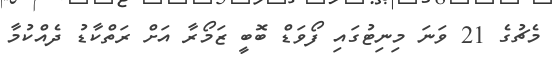
މެޗުގެ 21 ވަނަ މިނިޓުގައި ފޯވަޑް ބޮބީ ޒަމޯރާ އަށް ރަތްކާޑު ދެއްކުމާ